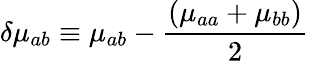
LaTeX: \delta\mu_{ab}\equiv\mu_{ab}-{\frac{\left(\mu_{aa}+\mu_{bb}\right)}{2}}